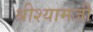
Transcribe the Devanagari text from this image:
श्रीश्यामजी